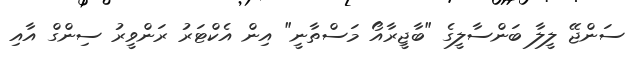
ސަންޖޭ ލީލާ ބަންސާލީގެ "ބާޖީރާއޯ މަސްތާނީ" އިން އެކްޓަރު ރަންވީރު ސިންގް އާއި